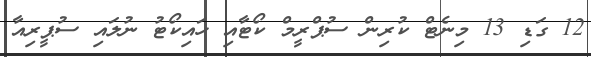
12 ގަޑި 13 މިނެޓް ކުރިން ސުޕްރީމް ކޯޓާއި ހައިކޯޓު ނުލައި ސުޕީރިއާ